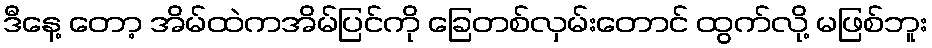
ဒီနေ့ တော့ အိမ်ထဲကအိမ်ပြင်ကို ခြေတစ်လှမ်းတောင် ထွက်လို့ မဖြစ်ဘူး